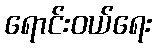
ရောင်းဝယ်ရေး